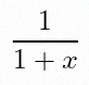
\frac{1}{1+x}